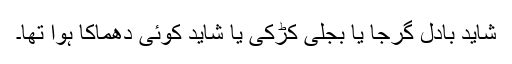
شاید بادل گرجا یا بجلی کڑکی یا شاید کوئی دھماکا ہوا تھا۔